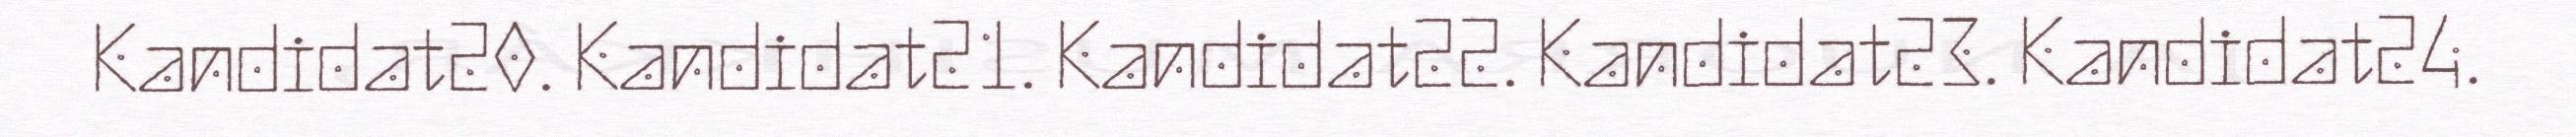
Kandidat20. Kandidat21. Kandidat22. Kandidat23. Kandidat24.